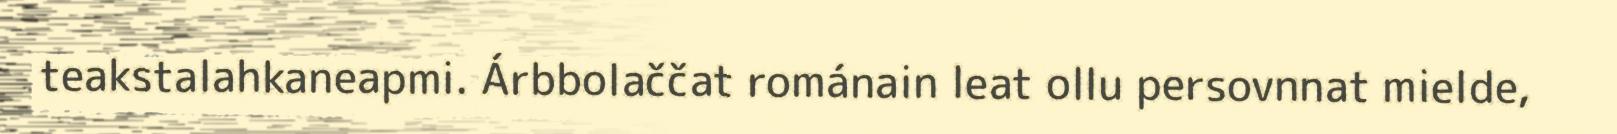
teakstalahkaneapmi. Árbbolaččat románain leat ollu persovnnat mielde,